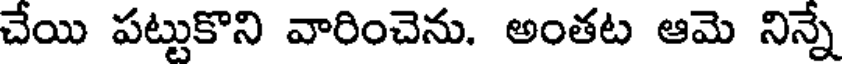
చేయి పట్టుకొని వారించెను. అంతట ఆమె నిన్నే